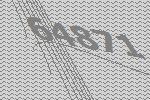
64871